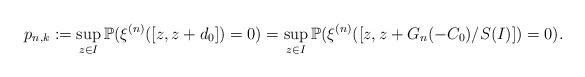
LaTeX: \begin{align*}p_{n,k}:=\sup_{z\in I}\mathbb{P}(\xi^{(n)}([z,z+d_0])=0)=\sup_{z\in I}\mathbb{P}(\xi^{(n)}([z,z+G_n(-C_0)/S(I)])=0).\end{align*}